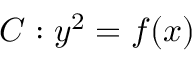
C : y ^ { 2 } = f ( x )